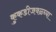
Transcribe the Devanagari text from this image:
कुकडीजवळ्च्या